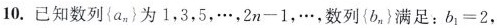
10. 已知数列 \left \{ a_{n} \right \} 为1，3，5，\cdots，2n-1，\cdots，数列 \left \{ b_{n} \right \}满足：b_1=2，